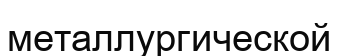
металлургической